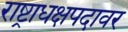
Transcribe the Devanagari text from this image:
राष्ट्राधक्षपदावर